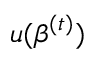
u ( { \boldsymbol { \beta } } ^ { ( t ) } )